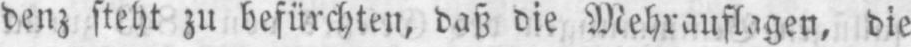
denz steht zu befürchten, daß die Mehrauflagen, die